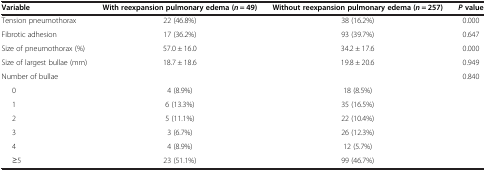
<table><thead><tr><td><b>Variable</b></td><td><b>With reexpansion pulmonary edema (<i>n</i> = 49)</b></td><td><b>Without reexpansion pulmonary edema (<i>n</i> = 257)</b></td><td><b><i>P </i>value</b></td></tr></thead><tbody><tr><td>Tension pneumothorax</td><td>22 (46.8%)</td><td>38 (16.2%)</td><td>0.000</td></tr><tr><td>Fibrotic adhesion</td><td>17 (36.2%)</td><td>93 (39.7%)</td><td>0.647</td></tr><tr><td>Size of pneumothorax (%)</td><td>57.0 ± 16.0</td><td>34.2 ± 17.6</td><td>0.000</td></tr><tr><td>Size of largest bullae (mm)</td><td>18.7 ± 18.6</td><td>19.8 ± 20.6</td><td>0.949</td></tr><tr><td>Number of bullae</td><td> </td><td> </td><td>0.840</td></tr><tr><td>0</td><td>4 (8.9%)</td><td>18 (8.5%)</td><td> </td></tr><tr><td>1</td><td>6 (13.3%)</td><td>35 (16.5%)</td><td> </td></tr><tr><td>2</td><td>5 (11.1%)</td><td>22 (10.4%)</td><td> </td></tr><tr><td>3</td><td>3 (6.7%)</td><td>26 (12.3%)</td><td> </td></tr><tr><td>4</td><td>4 (8.9%)</td><td>12 (5.7%)</td><td> </td></tr><tr><td>≥5</td><td>23 (51.1%)</td><td>99 (46.7%)</td><td> </td></tr></tbody></table>